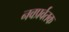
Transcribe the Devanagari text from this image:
नवप्रर्वतक